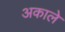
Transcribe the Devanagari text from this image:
अकाले